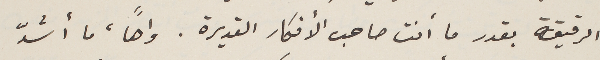
الرقيقة بقدر ما أنت صاحب الأفكار القديرة. واهاً، ما أشدّ